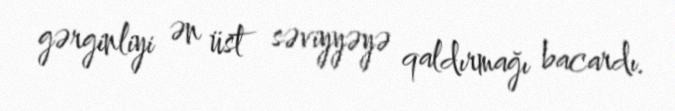
gərginliyi ən üst səviyyəyə qaldırmağı bacardı.